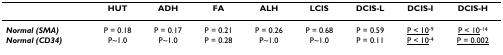
<table><thead><tr><td></td><td><b>HUT</b></td><td><b>ADH</b></td><td><b>FA</b></td><td><b>ALH</b></td><td><b>LCIS</b></td><td><b>DCIS-L</b></td><td><b>DCIS-I</b></td><td><b>DCIS-H</b></td></tr></thead><tbody><tr><td><b><i>Normal (SMA)</i></b></td><td>P = 0.18</td><td>P = 0.17</td><td>P = 0.21</td><td>P = 0.26</td><td>P = 0.68</td><td>P = 0.59</td><td><underline>P &lt; 10</underline><sup>-9</sup></td><td><underline>P &lt; 10</underline><sup>-14</sup></td></tr><tr><td><b><i>Normal (CD34)</i></b></td><td>P~1.0</td><td>P~1.0</td><td>P = 0.28</td><td>P~1.0</td><td>P~1.0</td><td>P = 0.11</td><td><underline>P &lt; 10</underline><sup>-4</sup></td><td><underline>P = 0.002</underline></td></tr></tbody></table>